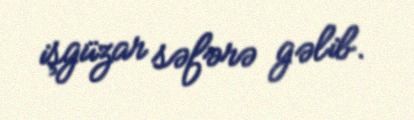
işgüzar səfərə gəlib.